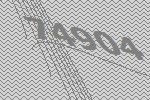
74904